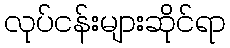
လုပ်ငန်းများဆိုင်ရာ